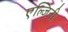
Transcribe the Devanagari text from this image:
एल्जिनी